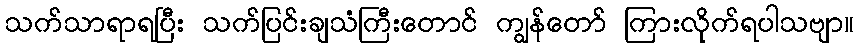
သက်သာရာရပြီး သက်ပြင်းချသံကြီးတောင် ကျွန်တော် ကြားလိုက်ရပါသဗျာ။